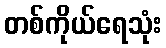
တစ်ကိုယ်ရေသုံး